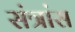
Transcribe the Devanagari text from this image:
संत्रांस